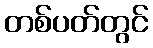
တစ်ပတ်တွင်